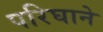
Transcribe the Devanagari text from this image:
परिघाने